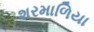
શરમાળિયા